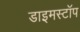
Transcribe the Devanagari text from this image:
डाइमस्टॉप